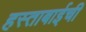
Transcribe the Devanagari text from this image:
हस्ताबाईची